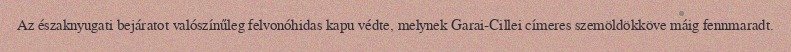
Az északnyugati bejáratot valószínűleg felvonóhidas kapu védte, melynek Garai-Cillei címeres szemöldökköve máig fennmaradt.